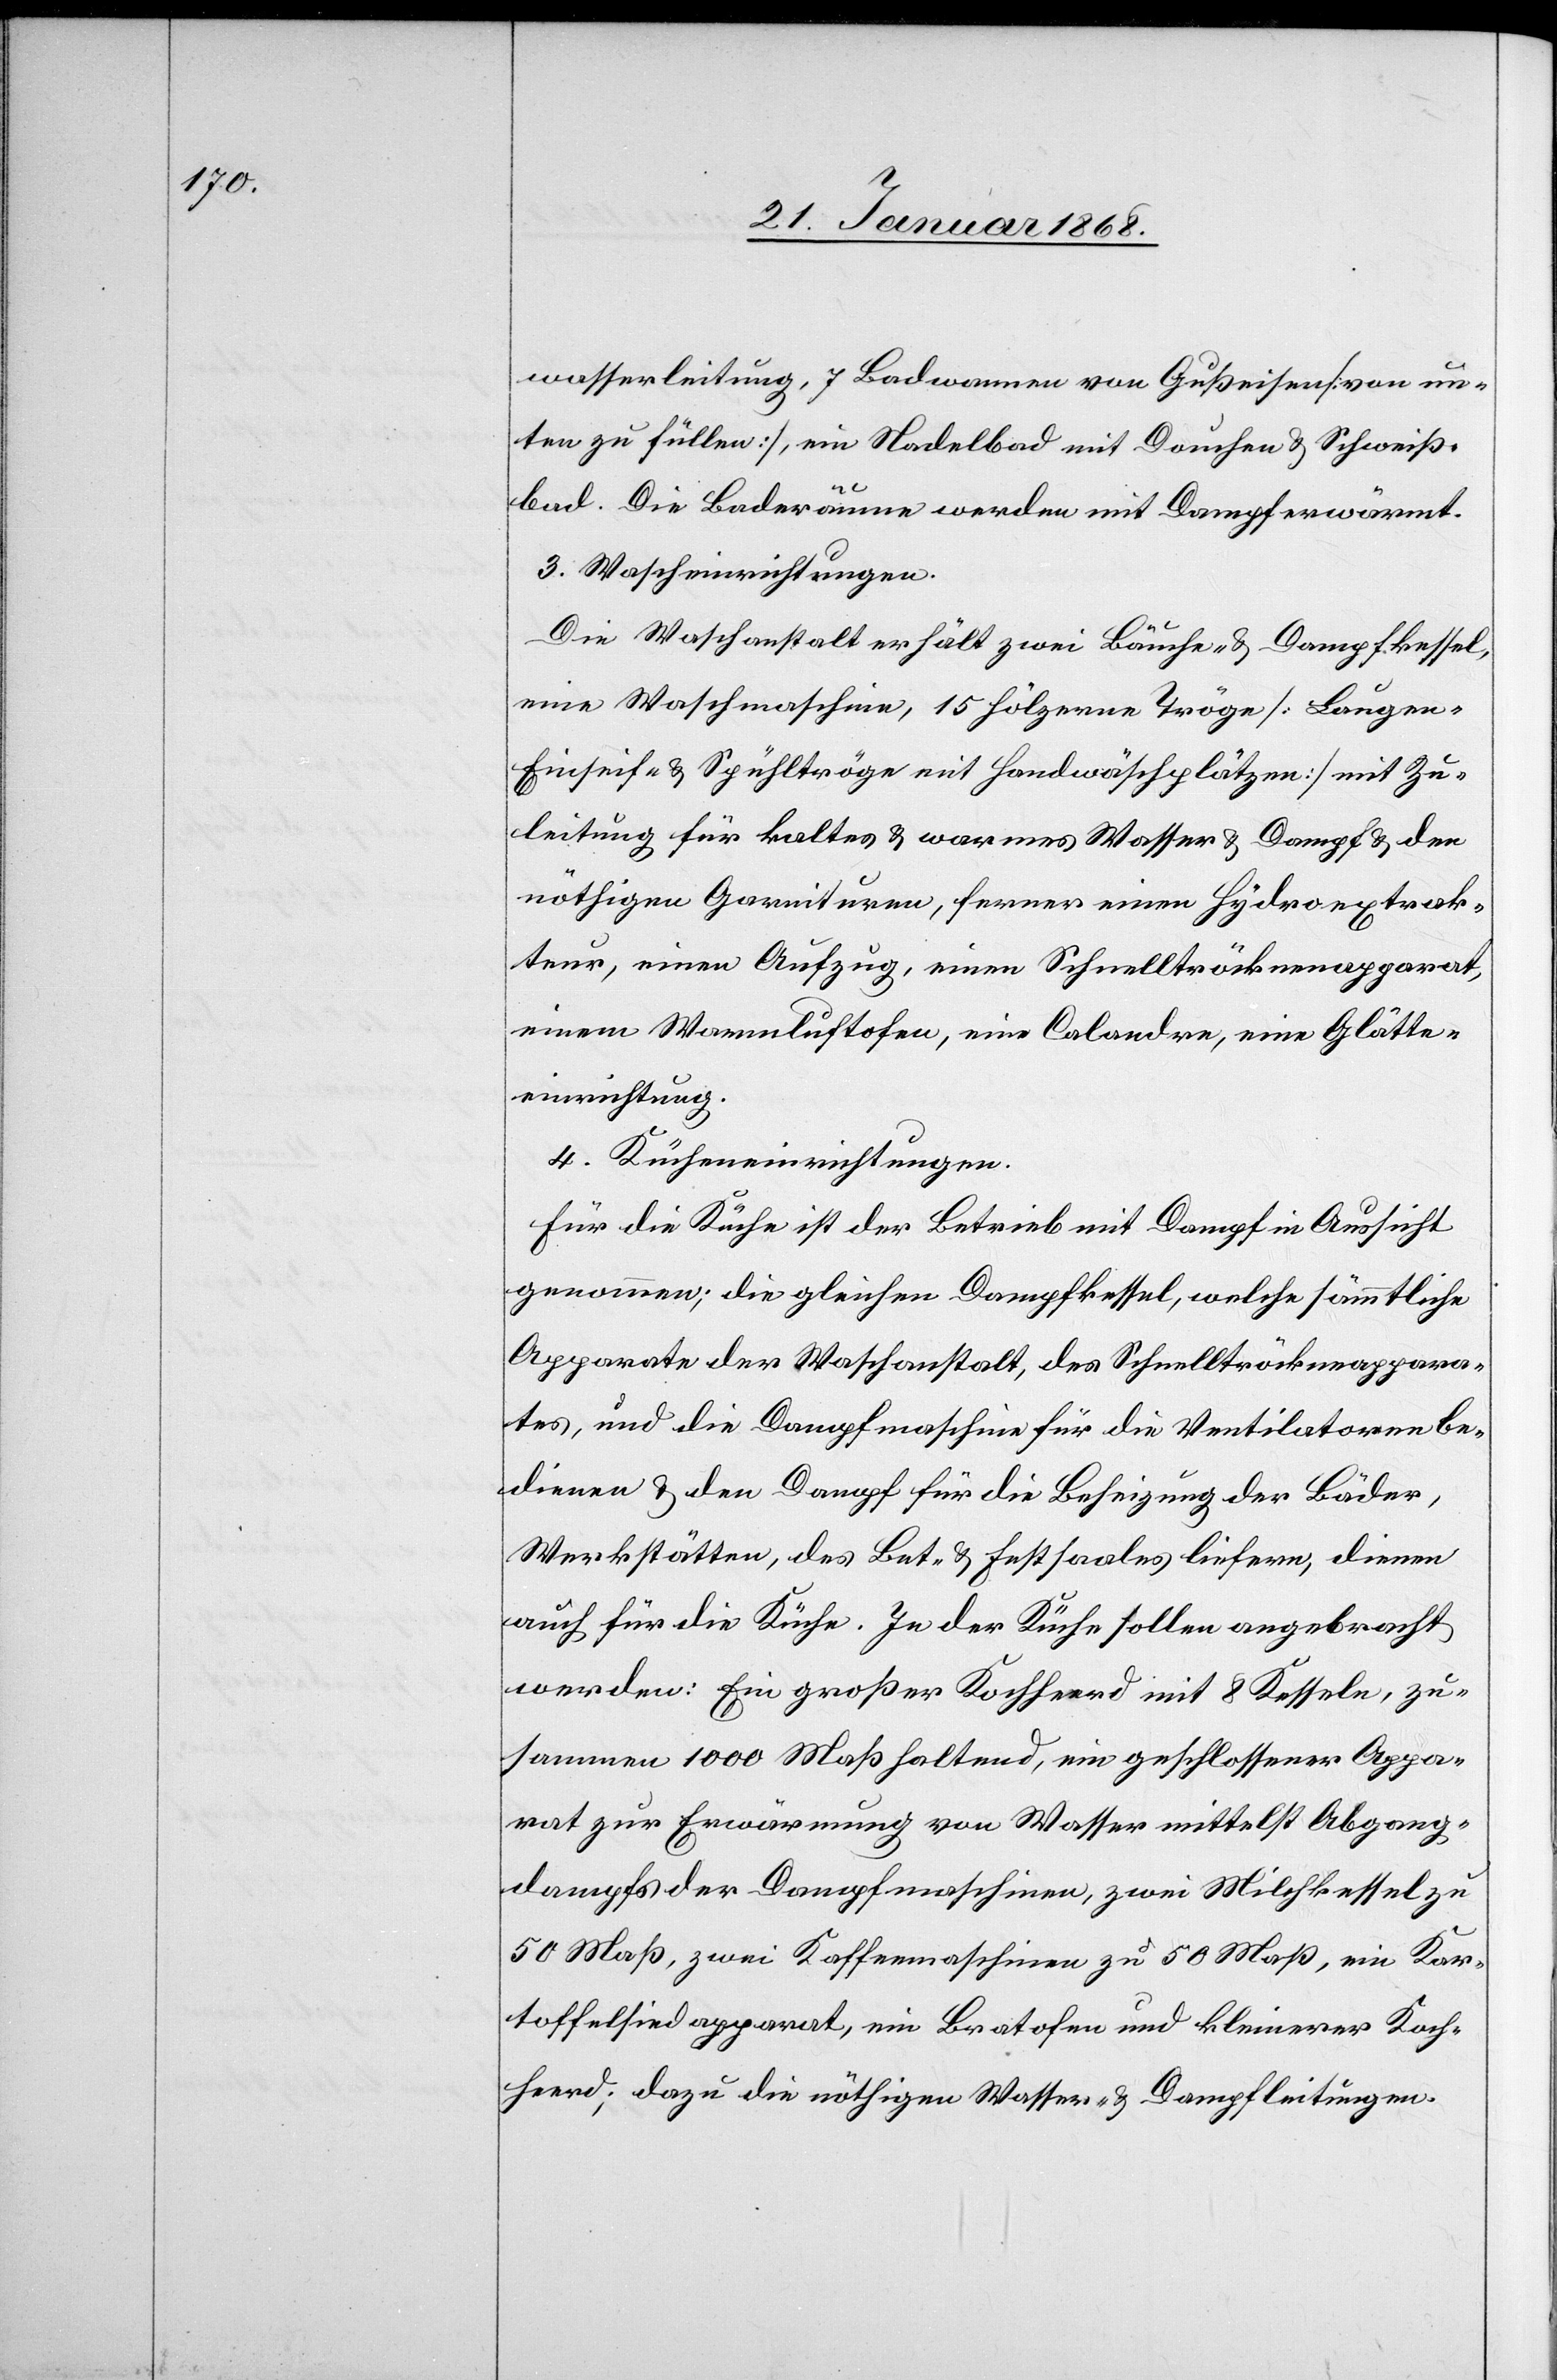
wasserleitung, 7 Badwannen von Gußeisen [von un¬
ten zu füllen], ein Nadelbad mit Douchen & Schweiß¬
bad. Die Baderäume werden mit Dampf erwärmt.
3. Wascheinrichtungen.
Die Waschanstalt erhält zwei Bäuche- & Dampfkessel,
eine Waschmaschine, 15 hölzerne Tröge [Laugen-[,]
Einseif- & Spühltröge mit Handwäschplätzen] mit Zu¬
leitung für kaltes & warmes Wasser & Dampf & den
nöthigen Garnituren, ferner einen Hydroextrak¬
teur, einen Aufzug, einen Schnelltröcknenapparat,
einem [sic!] Warmluftofen, eine Calandre, eine Glätte¬
einrichtung.
4. Kücheneinrichtungen.
Für die Küche ist der Betrieb mit Dampf in Aussicht
genommen; die gleichen Dampfkessel, welche sämmtliche
Apparate der Waschanstalt, des Schnelltröckneappara¬
tes, und die Dampfmaschine für die Ventilatoren be¬
dienen & den Dampf für die Beheizung der Bäder,
Werkstätten, des Bet- & Festsaales liefern, dienen
auch für die Küche. In der Küche sollen angebracht
werden: Ein großer Kochheerd mit 8 Kesseln, zu¬
sammen 1000 Maß haltend, ein geschlossener Appa¬
rat zur Erwärmung von Wasser mittelst Abgang¬
dampfs der Dampfmaschinen, zwei Milchkessel zu
50 Maß, zwei Kaffeemaschinen zu 50 Maß, ein Kar¬
toffelsiedapparat, ein Bratofen und kleinerer Koch¬
heerd; dazu die nöthigen Wasser- & Dampfleitungen.